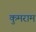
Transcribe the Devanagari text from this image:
कुमराम